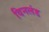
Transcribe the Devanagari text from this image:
विनलंड